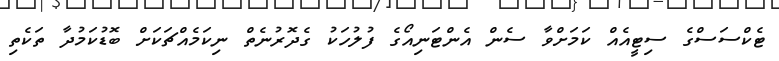
ޓެކްސަސްގެ ސިޓީއެއް ކަމަށްވާ ސެން އެންޓަނިއޯގެ ފުލުހަކު ގެދޮރުނެތް ނިކަމެއްޗަކަށް ބޮޑުކަމުދާ ތަކެތި